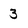
Character: 3